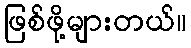
ဖြစ်ဖို့များတယ်။